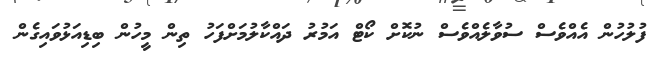
ފުލުހުން އެއްވެސް ސުވާލެއްވެސް ނުކޮށް ކޯޓް އަމުރު ދައްކާލުމަށްފަހު ތިން މީހުން ބިޑިއަޅުވައިގެން